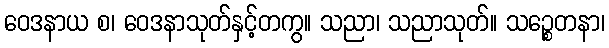
ဝေဒနာယ စ၊ ဝေဒနာသုတ်နှင့်တကွ။ သညာ၊ သညာသုတ်။ သဉ္စေတနာ၊